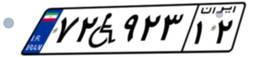
۹۵W۰۰۰۳۱